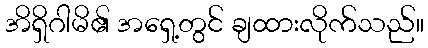
အိရှိဂါမိ၏ အရှေ့တွင် ချထားလိုက်သည်။